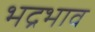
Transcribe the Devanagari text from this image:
भद्रभाव